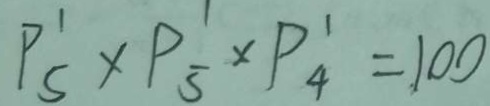
P _ { 5 } ^ { 1 } \times P _ { 5 } \times P _ { 4 } ^ { 1 } = 1 0 0